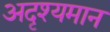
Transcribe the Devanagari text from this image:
अदृश्यमान